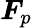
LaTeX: \boldsymbol{F}_{p}